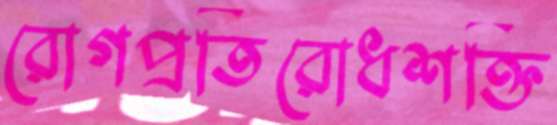
রোগপ্রতিরোধশক্তি